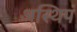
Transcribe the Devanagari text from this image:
अस्थिपं